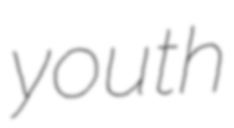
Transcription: youth